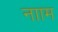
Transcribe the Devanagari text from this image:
नााम